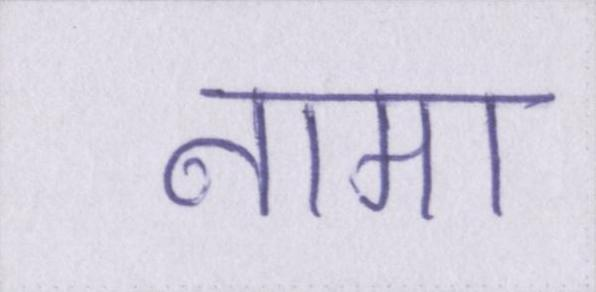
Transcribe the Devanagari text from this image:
नामा